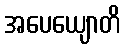
အပေယျောတိ